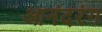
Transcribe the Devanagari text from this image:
आनंदरंग